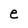
Character: e